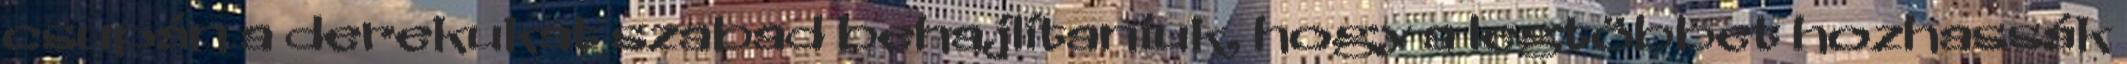
csupán a derekukat szabad behajlítaniuk, hogy a legtöbbet hozhassák